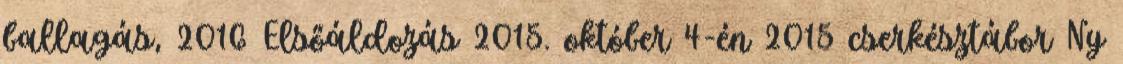
ballagás, 2016 Elsőáldozás 2015. október 4-én 2015 cserkésztábor Ny